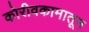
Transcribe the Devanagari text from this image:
कोरीवकामातून